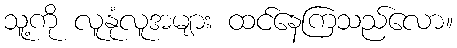
သူ့ကို လူနုံလူအများ ထင်နေကြသည်လော။